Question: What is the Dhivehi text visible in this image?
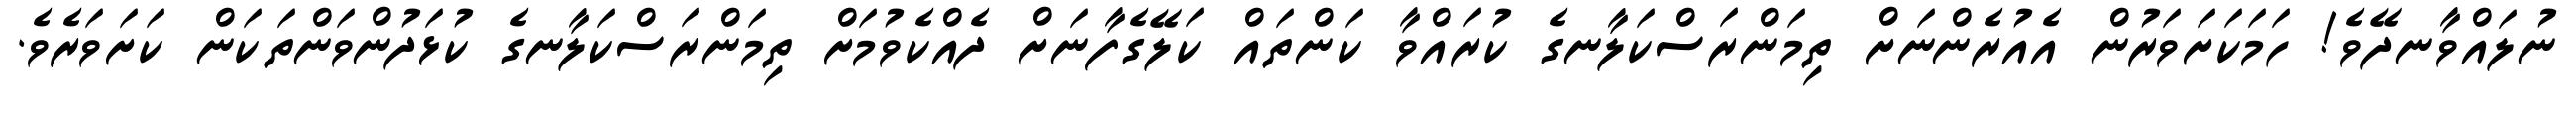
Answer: ނުލައްވާނދޭވެ! ހަމަކަށަވަރުން އެއުރެންނަށް ތިމަންރަސްކަލާނގެ ކުރައްވާ ކަންތައް ކަލޭގެފާނަށް ދެއްކެވުމަށް ތިމަންރަސްކަލާނގެ ކުޅަދުންވަންތަކަން ކަށަވަރެވެ.